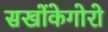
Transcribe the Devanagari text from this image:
सखोंकेगोरो